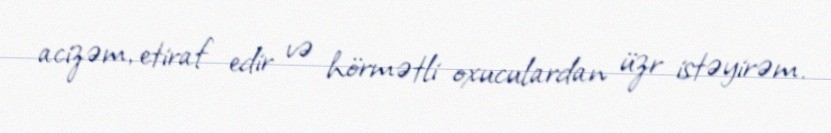
acizəm, etiraf edir və hörmətli oxuculardan üzr istəyirəm.